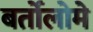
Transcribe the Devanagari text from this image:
बर्तोलोमे